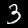
Digit: 3